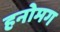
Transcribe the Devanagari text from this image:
हनोमग